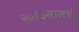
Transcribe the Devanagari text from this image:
२०१३सालचेे